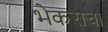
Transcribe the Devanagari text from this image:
भेकराचा